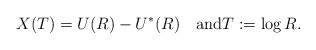
\begin{align*}X(T)=U(R)-U^*(R)\quad\textrm{and}T:=\log R.\end{align*}